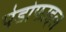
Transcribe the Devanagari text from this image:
पेडोफाइल